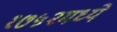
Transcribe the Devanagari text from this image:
१७५२मध्ये